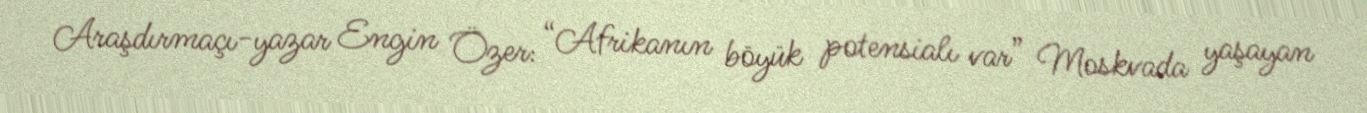
Araşdırmaçı-yazar Engin Özer: “Afrikanın böyük potensialı var” Moskvada yaşayan